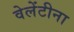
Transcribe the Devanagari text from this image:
वेलेंटीना